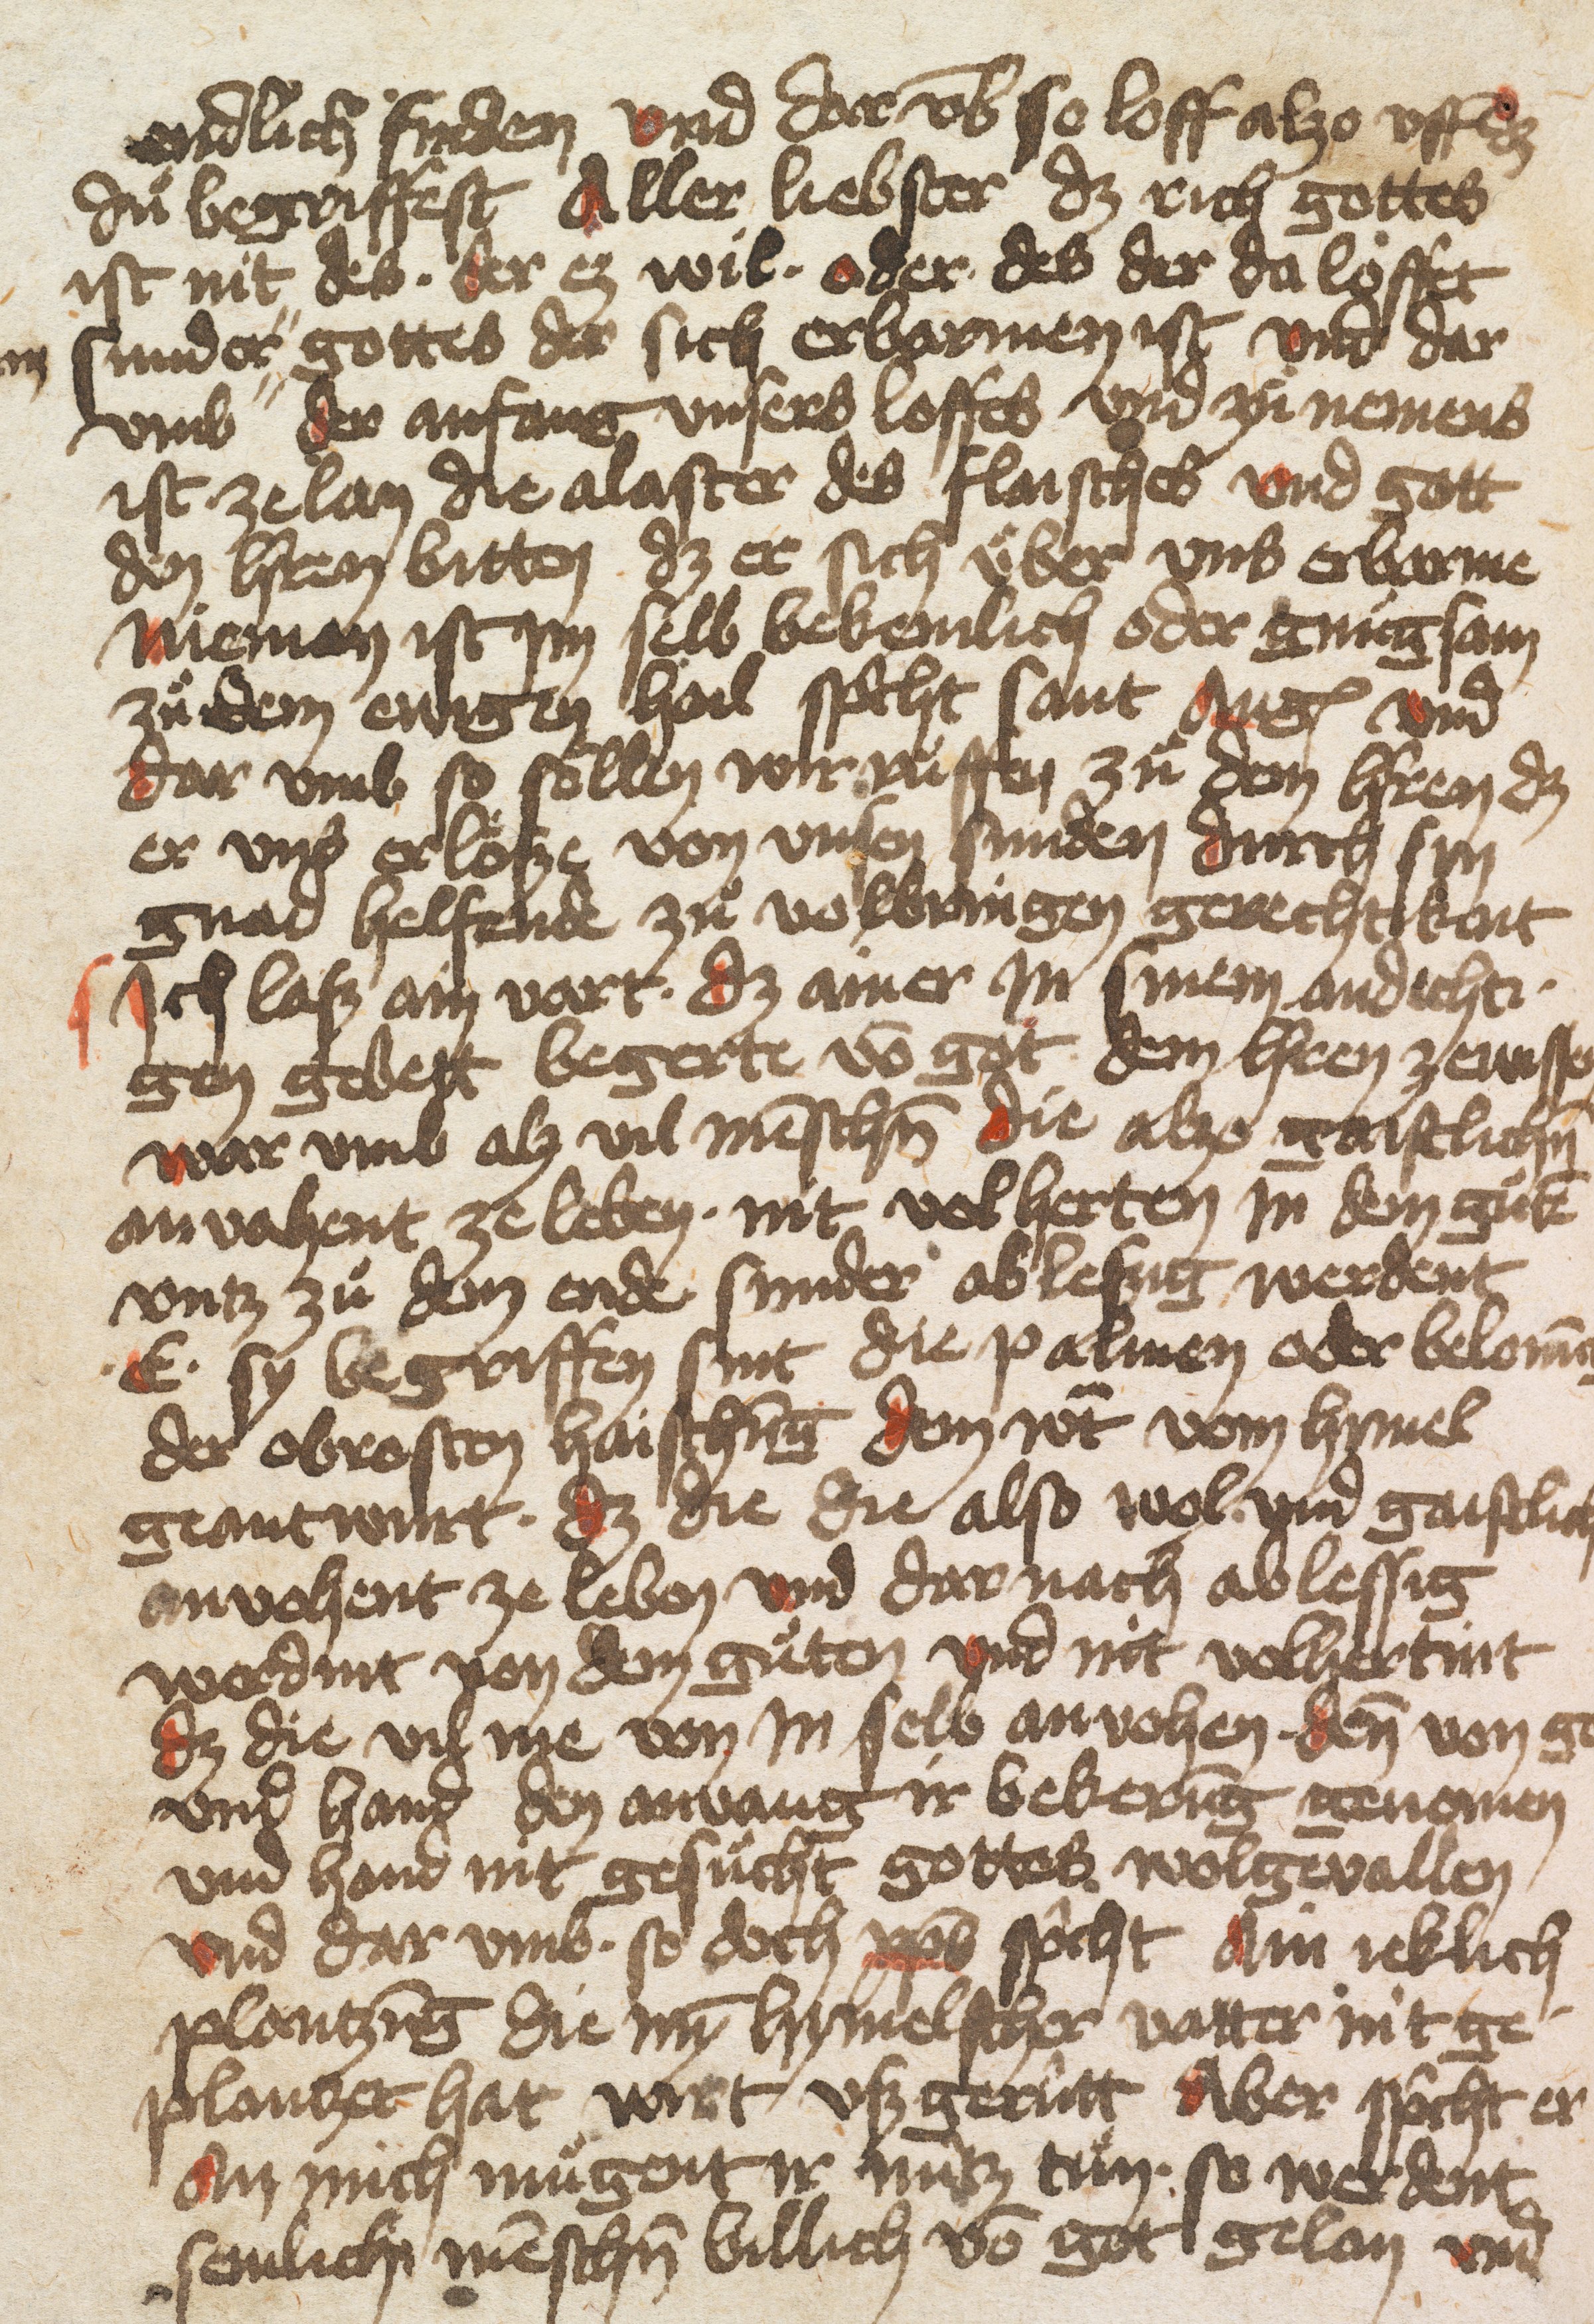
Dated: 1432–1436